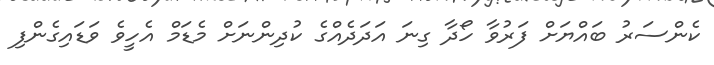
ކެންސަރު ބައްޔަށް ފަރުވާ ހޯދާ ގިނަ އަދަދެއްގެ ކުދިންނަށް މެޑަމް އެހީވެ ވަޑައިގެންފި